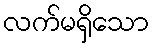
လက်မရှိသော